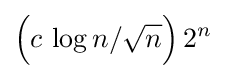
{\Big (}c\,\log n/{\sqrt {n}}{\Big )}\,2^{n}